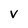
Character: V